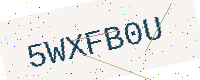
Text: 5WXFB0U